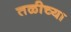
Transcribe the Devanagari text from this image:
तळीच्या